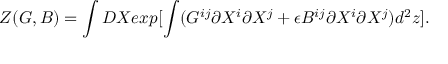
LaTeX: { \cal Z } ( G , B ) = \int D X e x p [ \int ( G ^ { i j } \partial X ^ { i } \partial X ^ { j } + \epsilon B ^ { i j } \partial X ^ { i } \partial X ^ { j } ) d ^ { 2 } z ] .